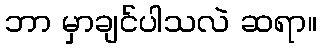
ဘာ မှာချင်ပါသလဲ ဆရာ။